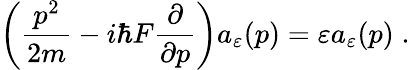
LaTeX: \left(\frac{p^{2}}{2m}-i\hbar F\frac{\partial}{\partial p}\right)a_{\varepsilon}(p)=\varepsilon a_{\varepsilon}(p)\; .